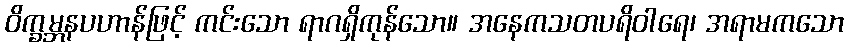
ဝိက္ခမ္ဘနပဟာန်ဖြင့် ကင်းသော ရာဂရှိကုန်သော။ အနေကသတပရိဝါရေ၊ အရာမကသော